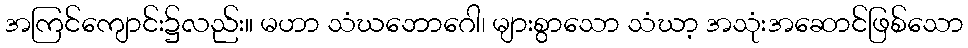
အကြင်ကျောင်း၌လည်း။ မဟာ သံဃဘောဂေါ၊ များစွာသော သံဃာ့ အသုံးအဆောင်ဖြစ်သော